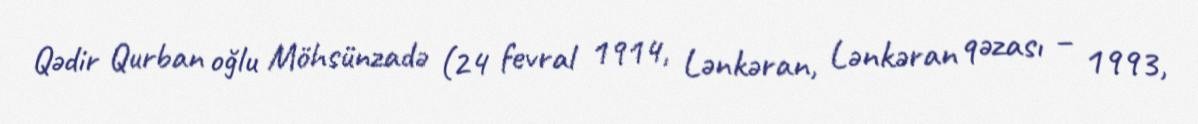
Qədir Qurban oğlu Möhsünzadə (24 fevral 1914, Lənkəran, Lənkəran qəzası – 1993,